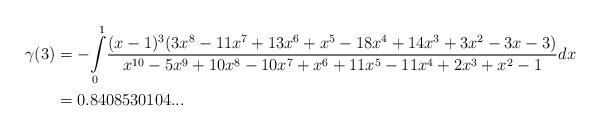
LaTeX: \begin{align*}\gamma(3) & =-{\displaystyle\int\limits_{0}^{1}}\frac{(x-1)^{3}(3x^{8}-11x^{7}+13x^{6}+x^{5}-18x^{4}+14x^{3}+3x^{2}-3x-3)}{x^{10}-5x^{9}+10x^{8}-10x^{7}+x^{6}+11x^{5}-11x^{4}+2x^{3}+x^{2}-1}dx\\\ & =0.8408530104...\end{align*}